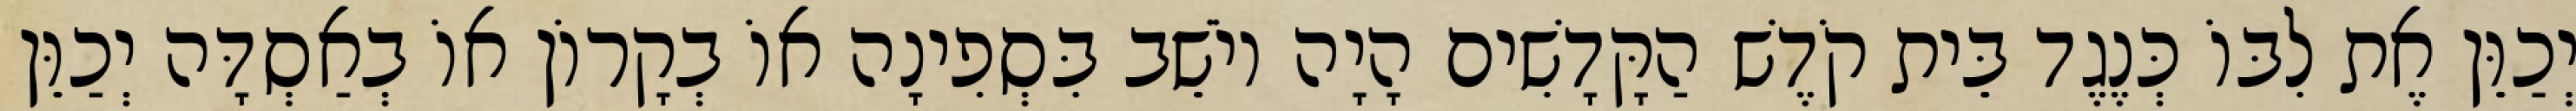
יְכַוֵּן אֶת לִבּוֹ כְּנֶגֶד בֵּית קֹדֶשׁ הַקָּדָשִׁים הָיָה יוֹשֵׁב בִּסְפִינָה אוֹ בְקָרוֹן אוֹ בְאַסְדָּה יְכַוֵּן